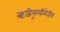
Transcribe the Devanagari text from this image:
ऋद्धिपूरलीळेतील